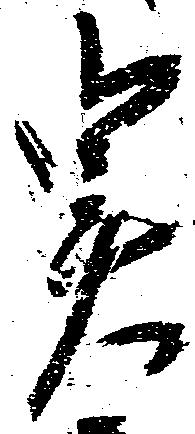
実